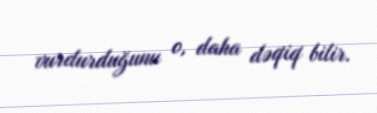
vurdurduğunu o, daha dəqiq bilir.